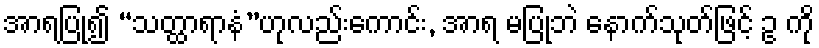
အာရပြု၍ “သတ္ထာရာနံ”ဟုလည်းကောင်း, အာရ မပြုဘဲ နောက်သုတ်ဖြင့် ဥ ကို